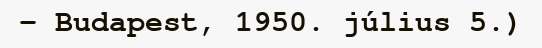
– Budapest, 1950. július 5.)